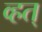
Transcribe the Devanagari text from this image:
व्हत्